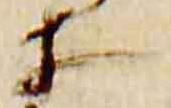
等